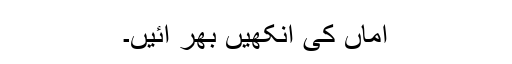
اماں کی آنکھیں بھر آئیں۔